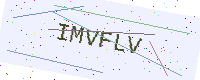
Text: IMVFLV